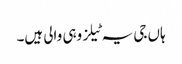
ہاں جی یہ ٹیلز وہی والی ہیں۔